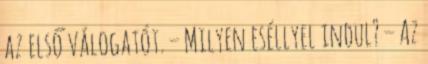
az első válogatót. – Milyen eséllyel indul? – Az